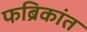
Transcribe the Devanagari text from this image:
फब्रिकांत